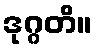
ဒုဂ္ဂတိ။